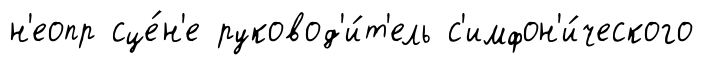
н'еопр сце́н'е руковод'и́т'ель с'имфон'и́ческого